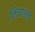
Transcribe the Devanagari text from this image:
नित्यान्न